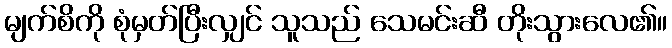
မျက်စိကို စုံမှတ်ပြီးလျှင် သူသည် သေမင်းဆီ တိုးသွားလေ၏။